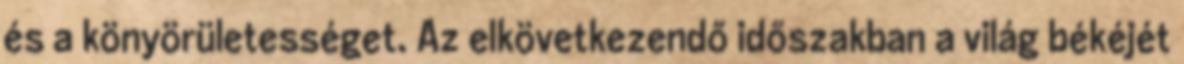
és a könyörületességet. Az elkövetkezendő időszakban a világ békéjét